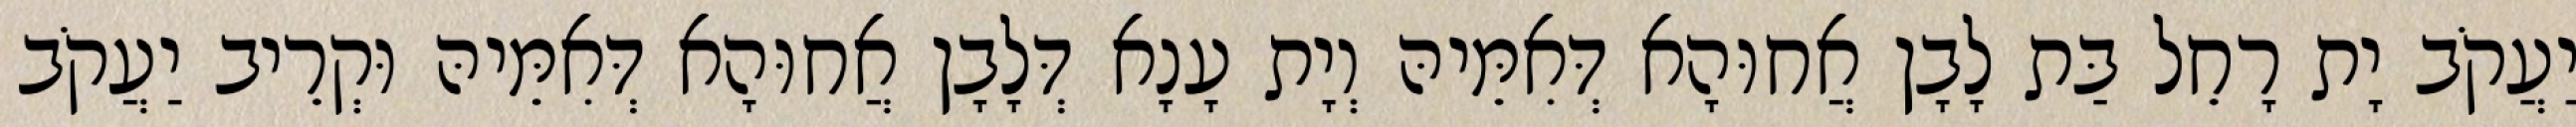
יַעֲקֹב יָת רָחֵל בַּת לָבָן אֲחוּהָא דְּאִמֵּיהּ וְיָת עָנָא דְּלָבָן אֲחוּהָא דְּאִמֵּיהּ וּקְרֵיב יַעֲקֹב